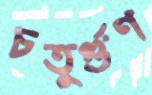
চতুর্গুণ